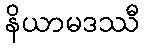
နိယာမဒဿီ